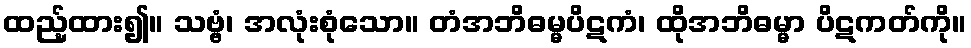
ထည့်ထား၍။ သဗ္ဗံ၊ အလုံးစုံသော။ တံအဘိဓမ္မပိဋကံ၊ ထိုအဘိဓမ္မာ ပိဋကတ်ကို။